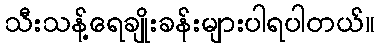
သီးသန့်ရေချိုးခန်းများပါရပါတယ်။